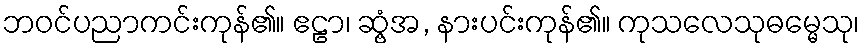
ဘဝင်ပညာကင်းကုန်၏။ ဧဠာ၊ ဆွံ့အ, နားပင်းကုန်၏။ ကုသလေသုဓမ္မေသု၊